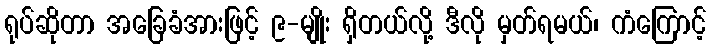
ရုပ်ဆိုတာ အခြေခံအားဖြင့် ၉-မျိုး ရှိတယ်လို့ ဒီလို မှတ်ရမယ်၊ ကံကြောင့်